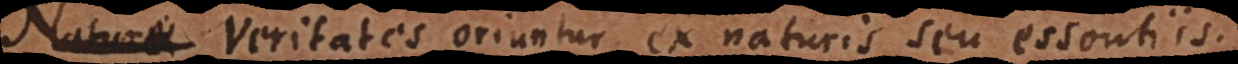
Naturae Veritates oriuntur ex naturis seu essentiis.